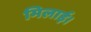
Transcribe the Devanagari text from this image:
मिलाई।